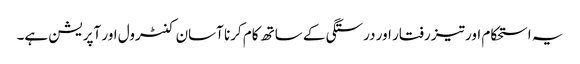
یہ استحکام اور تیز رفتار اور درستگی کے ساتھ کام کرنا آسان کنٹرول اور آپریشن ہے۔